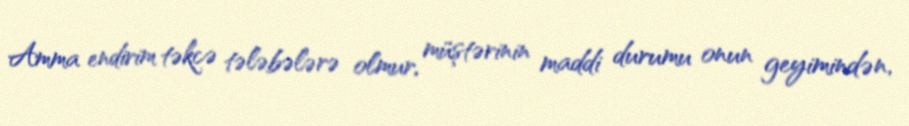
Amma endirim təkcə tələbələrə olmur, müştərinin maddi durumu onun geyimindən,